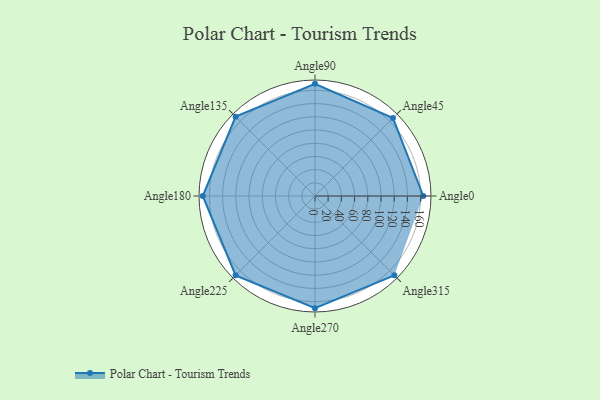
{"axis": {"x": "Angle", "y": "Radius"}, "legend": [""], "data": [{"x": "Angle0", "y": 164.0, "type": ""}, {"x": "Angle45", "y": 167.0, "type": ""}, {"x": "Angle90", "y": 170, "type": ""}, {"x": "Angle135", "y": 170, "type": ""}, {"x": "Angle180", "y": 170, "type": ""}, {"x": "Angle225", "y": 170, "type": ""}, {"x": "Angle270", "y": 170, "type": ""}, {"x": "Angle315", "y": 170, "type": ""}]}